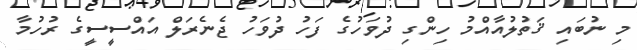
މި ނުބައި ޤަތުލުއާއްމު ހިންގި ދުވަހުގެ ފަހު ދުވަހު ޖެނެރަލް އައްސީސީގެ ރުހުމާ